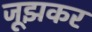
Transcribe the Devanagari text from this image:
जूझकर